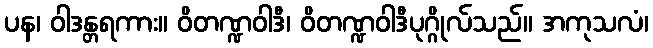
ပန၊ ဝါဒန္တရကား။ ဝိတဏ္ဍဝါဒီ၊ ဝိတဏ္ဍဝါဒီပုဂ္ဂိုလ်သည်။ အကုသလံ၊